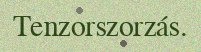
Tenzorszorzás.